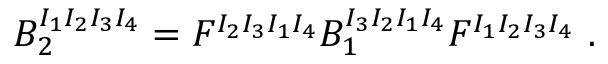
B _ { 2 } ^ { I _ { 1 } I _ { 2 } I _ { 3 } I _ { 4 } } = F ^ { I _ { 2 } I _ { 3 } I _ { 1 } I _ { 4 } } B _ { 1 } ^ { I _ { 3 } I _ { 2 } I _ { 1 } I _ { 4 } } F ^ { I _ { 1 } I _ { 2 } I _ { 3 } I _ { 4 } } \ .